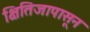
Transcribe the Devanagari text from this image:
क्षितिजापासून